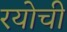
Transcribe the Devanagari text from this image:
रयोची